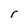
Character: r